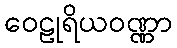
ဝေဠုရိယဝဏ္ဏာ